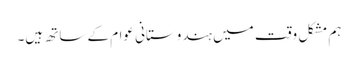
ہم مشکل وقت میں ہندوستانی عوام کے ساتھ ہیں۔